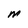
Character: M